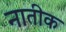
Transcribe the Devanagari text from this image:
नातीक